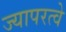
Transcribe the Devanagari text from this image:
ज्यापरत्वे